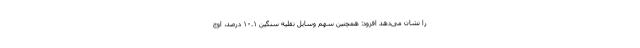
را نشان می‌دهد افزود: همچنین سهم وسایل نقلیه سنگین ۱۰.۱ درصد، اوج